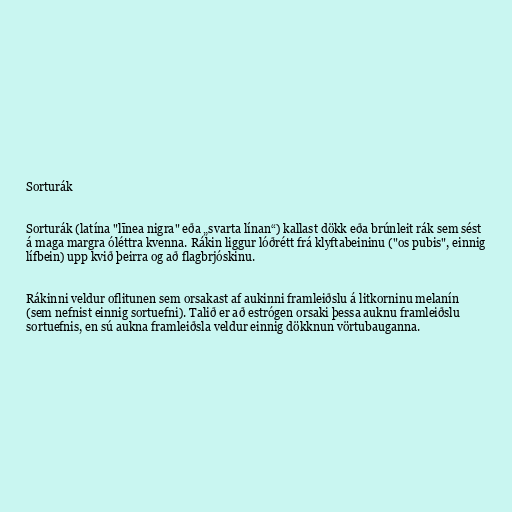
Sorturák

Sorturák (latína "līnea nigra" eða „svarta línan“) kallast dökk eða brúnleit rák sem sést
á maga margra óléttra kvenna. Rákin liggur lóðrétt frá klyftabeininu ("os pubis", einnig
lífbein) upp kvið þeirra og að flagbrjóskinu.

Rákinni veldur oflitunen sem orsakast af aukinni framleiðslu á litkorninu melanín
(sem nefnist einnig sortuefni). Talið er að estrógen orsaki þessa auknu framleiðslu
sortuefnis, en sú aukna framleiðsla veldur einnig dökknun vörtubauganna.